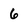
Character: 6